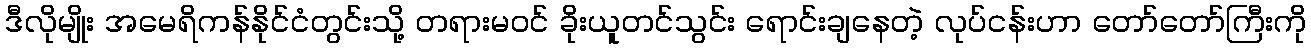
ဒီလိုမျိုး အမေရိကန်နိုင်ငံတွင်းသို့ တရားမဝင် ခိုးယူတင်သွင်း ရောင်းချနေတဲ့ လုပ်ငန်းဟာ တော်တော်ကြီးကို